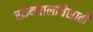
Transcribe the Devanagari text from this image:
राज्यपालांचेसाठी